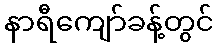
နာရီကျော်ခန့်တွင်